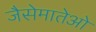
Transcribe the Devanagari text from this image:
जैसेमातेओ